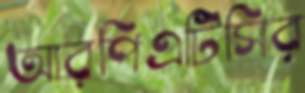
আরপিএটিসির